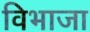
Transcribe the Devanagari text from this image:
विभाजा